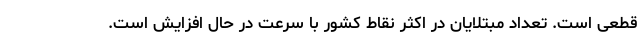
قطعی است. تعداد مبتلایان در اکثر نقاط کشور با سرعت در حال افزایش است.